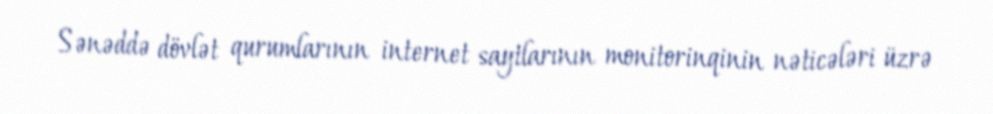
Sənəddə dövlət qurumlarının internet saytlarının monitorinqinin nəticələri üzrə